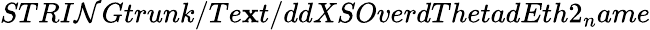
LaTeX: STRI\mathcal{N}Gtrunk/Te\mathbf{x}t/ddXSOverdThetadEth2_{n}ame